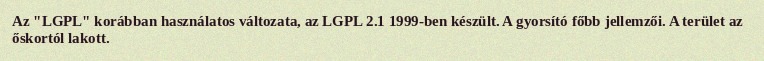
Az "LGPL" korábban használatos változata, az LGPL 2.1 1999-ben készült. A gyorsító főbb jellemzői. A terület az őskortól lakott.